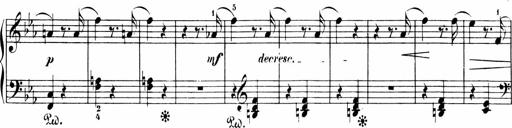
Title: Sonatinen Op.47, 98 und 136, nebst 6 Liedersonatinen
Composer: Carl Reinecke